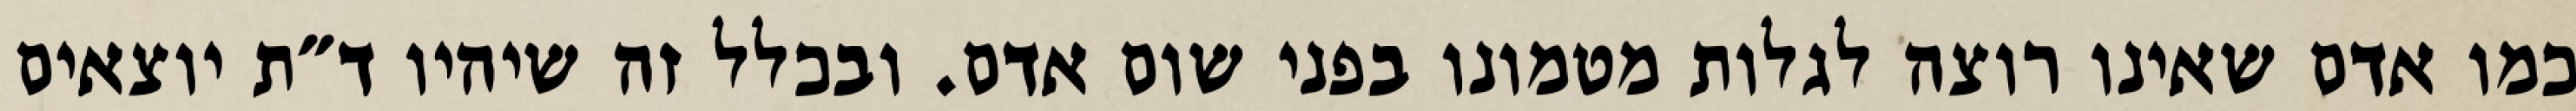
כמו אדם שאינו רוצה לגלות מטמונו בפני שום אדם. ובכלל זה שיהיו ד״ת יוצאים